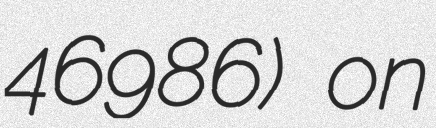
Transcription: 46986) on